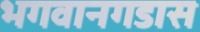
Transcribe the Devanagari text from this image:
भगवानगडास